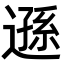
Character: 遜